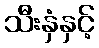
သီးနှံနှင့်